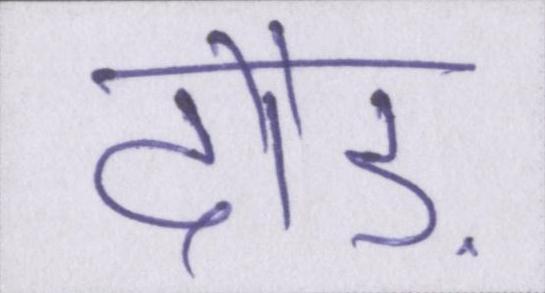
दौड़